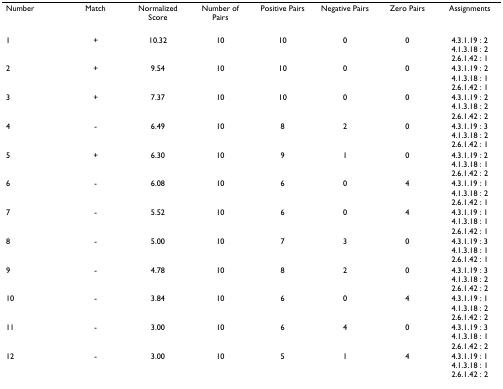
<table><thead><tr><td><b>Number</b></td><td><b>Match</b></td><td><b>Normalized Score</b></td><td><b>Number of Pairs</b></td><td><b>Positive Pairs</b></td><td><b>Negative Pairs</b></td><td><b>Zero Pairs</b></td><td><b>Assignments</b></td></tr></thead><tbody><tr><td>1</td><td>+</td><td>10.32</td><td>10</td><td>10</td><td>0</td><td>0</td><td>4.3.1.19 : 24.1.3.18 : 22.6.1.42 : 1</td></tr><tr><td>2</td><td>+</td><td>9.54</td><td>10</td><td>10</td><td>0</td><td>0</td><td>4.3.1.19 : 24.1.3.18 : 12.6.1.42 : 1</td></tr><tr><td>3</td><td>+</td><td>7.37</td><td>10</td><td>10</td><td>0</td><td>0</td><td>4.3.1.19 : 24.1.3.18 : 22.6.1.42 : 2</td></tr><tr><td>4</td><td>-</td><td>6.49</td><td>10</td><td>8</td><td>2</td><td>0</td><td>4.3.1.19 : 34.1.3.18 : 22.6.1.42 : 1</td></tr><tr><td>5</td><td>+</td><td>6.30</td><td>10</td><td>9</td><td>1</td><td>0</td><td>4.3.1.19 : 24.1.3.18 : 12.6.1.42 : 2</td></tr><tr><td>6</td><td>-</td><td>6.08</td><td>10</td><td>6</td><td>0</td><td>4</td><td>4.3.1.19 : 14.1.3.18 : 22.6.1.42 : 1</td></tr><tr><td>7</td><td>-</td><td>5.52</td><td>10</td><td>6</td><td>0</td><td>4</td><td>4.3.1.19 : 14.1.3.18 : 12.6.1.42 : 1</td></tr><tr><td>8</td><td>-</td><td>5.00</td><td>10</td><td>7</td><td>3</td><td>0</td><td>4.3.1.19 : 34.1.3.18 : 12.6.1.42 : 1</td></tr><tr><td>9</td><td>-</td><td>4.78</td><td>10</td><td>8</td><td>2</td><td>0</td><td>4.3.1.19 : 34.1.3.18 : 22.6.1.42 : 2</td></tr><tr><td>10</td><td>-</td><td>3.84</td><td>10</td><td>6</td><td>0</td><td>4</td><td>4.3.1.19 : 14.1.3.18 : 22.6.1.42 : 2</td></tr><tr><td>11</td><td>-</td><td>3.00</td><td>10</td><td>6</td><td>4</td><td>0</td><td>4.3.1.19 : 34.1.3.18 : 12.6.1.42 : 2</td></tr><tr><td>12</td><td>-</td><td>3.00</td><td>10</td><td>5</td><td>1</td><td>4</td><td>4.3.1.19 : 14.1.3.18 : 12.6.1.42 : 2</td></tr></tbody></table>